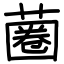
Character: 蔨